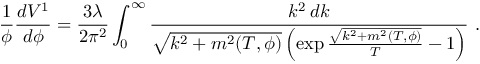
{ \frac { 1 } { \phi } } { \frac { d V ^ { 1 } } { d \phi } } = { \frac { 3 \lambda } { 2 \pi ^ { 2 } } } \int _ { 0 } ^ { \infty } { \frac { k ^ { 2 } \, d k } { \sqrt { k ^ { 2 } + m ^ { 2 } ( T , \phi ) } \left( \exp { \frac { \sqrt { k ^ { 2 } + m ^ { 2 } ( T , \phi ) } } { T } } - 1 \right) } } \ .